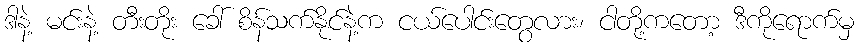
ဒါနဲ့ မင်းနဲ့ တီးတိုး ခေါ် စိန်သက်နိုင်နဲ့က ငယ်ပေါင်းတွေလား၊ ငါတို့ကတော့ ဒီကိုရောက်မှ